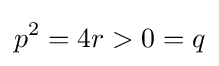
p^{2}=4r>0=q